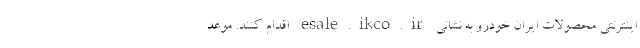
اینترنتی محصولات ایران خودرو به نشانی esale.ikco.ir اقدام کنند. موعد